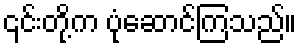
၎င်းတို့က ပုံဆောင်ကြသည်။